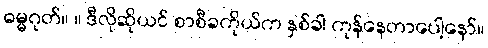
ဓမ္မဂုတ်။ ။ ဒီလိုဆိုယင် စာစီခကိုယ်က နှစ်ခါ ကုန်နေတာပေါ့နော်။